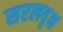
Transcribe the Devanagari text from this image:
सरलवृक्ष